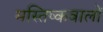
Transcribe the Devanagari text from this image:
मस्तिष्कवालों